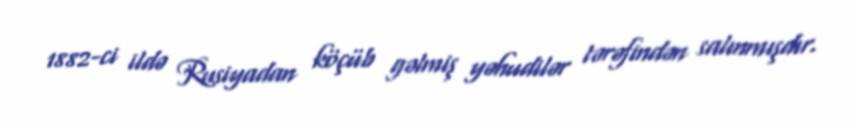
1882-ci ildə Rusiyadan köçüb gəlmiş yəhudilər tərəfindən salınmışdır.